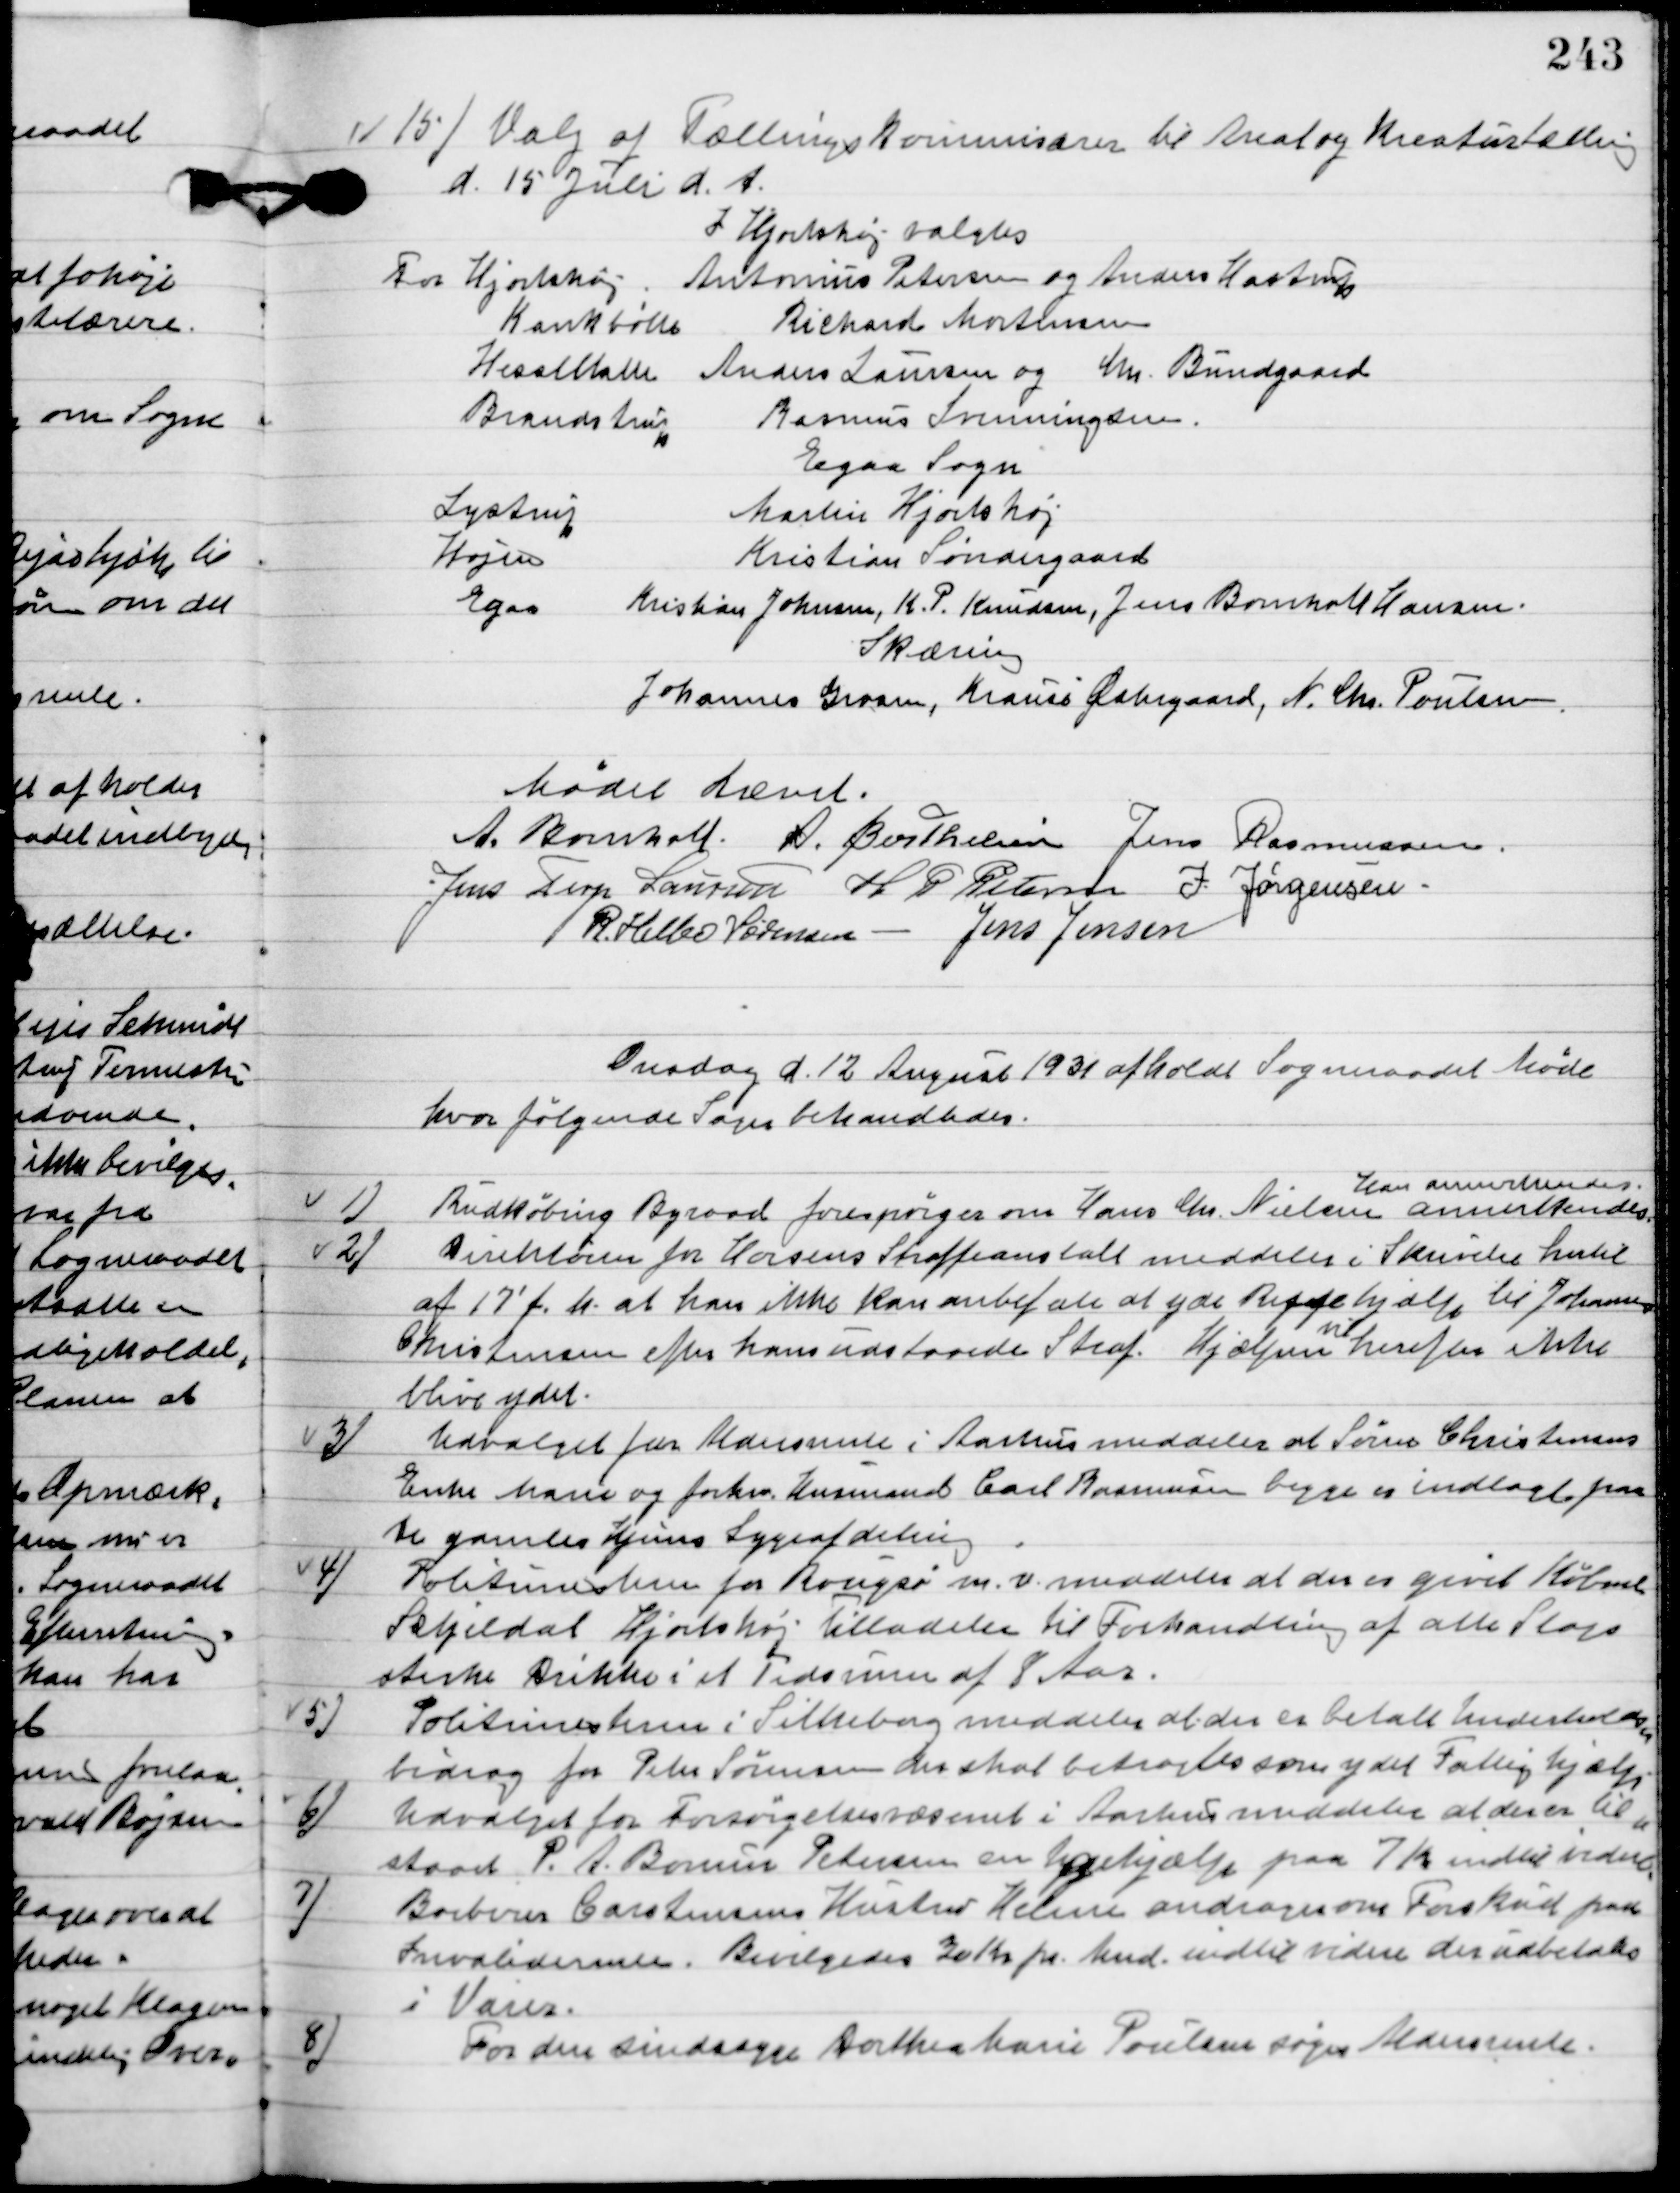
Transskription:
15

Valg af Tællingskommisærer til Areal og Kreaturtælling. 
D. 15. juli d. A.
I Hjortshøj valgtes
For Hjortshøj: Antonius Petersen og Anders Hastrup
Kankbølle: Richard Mortensen
Hesselballe: Anders Laursen og Gdr. Bundgaard
Brandstrup: Rasmus Svenningsen.
Egaa Sogn
Lystrup: Martin Hjortshøj
Højen : Kristian Søndergaard
Egaa: Kristian Johansen, K. P. Knudsen, Jens Bomholt Hansen.
Skæring
Johannes Grosen, Krause Østergaard, N. Chr. Poulsen.

Mødet hævet.

A. Bomholt
A. Berthelsen
Jens Rasmussen
Jens Terp Laursen
H. P. Petersen
I. Jørgensen
R. Helbo Sørensen
Jens Jensen

Onsdag d. 12. August 1931 afholdt Sogneraadet Møde
hvor følgende sager behandledes.

1

Rudkøbing Byraad forespørger om hans Chr. Nielsen annerkendes.
Han annerkendes.

2

Direktøren for Horsens Straffeanstalt meddeler i Skrivelse hertil 
af 17´ f. m. at han ikke kan anbefale at yde Riffehjælp til Johannes
Christensen efter hans udstaaede Straf. 
Hjælpen
vil
herfra ikke 
blive ydet.

3

Udvalget for Aldersrente i Aarhus meddeler at Søren Christensens
Enke Marie og forhenv. Husmand Carl Rasmussen begge er indlagt paa
de gamles Hjem Sygeafdeling.

4

Politimesteren fra Rougsø m. v. meddeler at der er givet Købmand 
Schjeldahl Hjortshøj Tilladelse til Forhandling af alle slags
stærke drikke i et Tidsrum af 8 Aar.

5

Politimesteren i Silkeborg meddeler ar der er betalt underholds-
bidrag for Peter Sørensen er skal betragtes som ydet Fattighjælp.

6

Udvalget for forsørgelsesvæsenet i Aarhus meddeler at der er til-
staaet P. A. Borum Petersen en Sygehjælp paa 7 Kr. indtil videre.

7

Barberer Carstensens Hustru Helmine andrager om Forskud paa
Invalide rente. Bevilgedes 30 Kr. pr. Mdr. Indtil videre der udbetales
 i Varer.

8

For den sindssyge Dorthea Marie Poulsen søges Aldersrente.